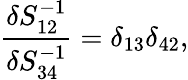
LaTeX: \frac{\delta S_{12}^{-1}}{\delta S_{34}^{-1}}=\delta_{13}\delta_{42},